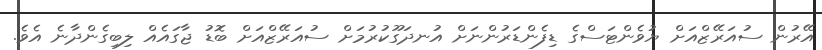
އޭރުން ސުއަރޭޒްއަށް ޔުވެންޓަސްގެ ޑިފެންޑަރުންނަށް އުނދަގޫކުރުމަށް ސުއަރޭޒްއަށް ބޮޑު ޖާގައެއް ލިބިގެންދާނެ އެވެ.